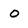
Character: O